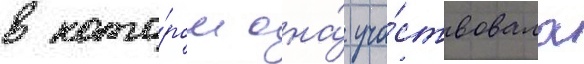
в кото́ром она́ уча́ствовала